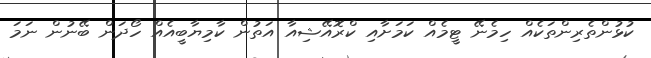
ކުޅުންތެރިންތަކެއް ހިމެނޭ ޓީމެއް ކަމަށާއި ކްރޮއޭޝިއާ އަތުން ކާމިޔާބީއެއް ހޯދަން ބޭނުން ނަމަ